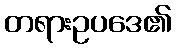
တရားဥပဒေ၏